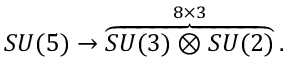
S U ( 5 ) \rightarrow \overbrace { S U ( 3 ) \otimes S U ( 2 ) } ^ { 8 \times 3 } .